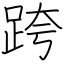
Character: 跨